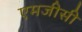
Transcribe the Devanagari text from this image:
एमजीसी